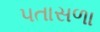
પતાસળા